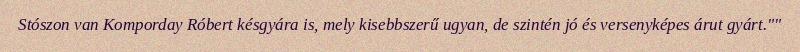
Stószon van Komporday Róbert késgyára is, mely kisebbszerű ugyan, de szintén jó és versenyképes árut gyárt.""